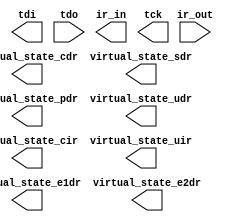

module vJTAG (
	tdi,
	tdo,
	ir_in,
	ir_out,
	virtual_state_cdr,
	virtual_state_sdr,
	virtual_state_e1dr,
	virtual_state_pdr,
	virtual_state_e2dr,
	virtual_state_udr,
	virtual_state_cir,
	virtual_state_uir,
	tck);	

	output		tdi;
	input		tdo;
	output	[0:0]	ir_in;
	input	[0:0]	ir_out;
	output		virtual_state_cdr;
	output		virtual_state_sdr;
	output		virtual_state_e1dr;
	output		virtual_state_pdr;
	output		virtual_state_e2dr;
	output		virtual_state_udr;
	output		virtual_state_cir;
	output		virtual_state_uir;
	output		tck;
endmodule